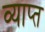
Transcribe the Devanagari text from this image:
व्याप्‍त